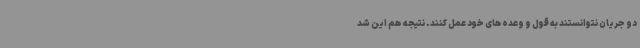
دو جریان نتوانستند به قول و وعده‌های خود عمل کنند. نتیجه هم این شد